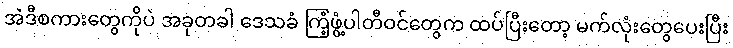
အဲဒီစကားတွေကိုပဲ အခုတခါ ဒေသခံ ကြံ့ဖွံ့ပါတီဝင်တွေက ထပ်ပြီးတော့ မက်လုံးတွေပေးပြီး